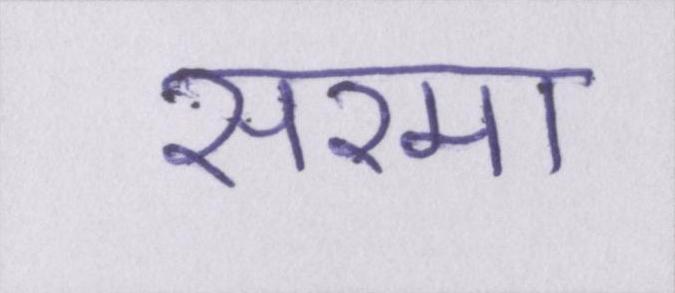
सरमा